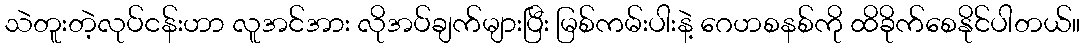
သဲတူးတဲ့လုပ်ငန်းဟာ လူအင်အား လိုအပ်ချက်များပြီး မြစ်ကမ်းပါးနဲ့ ဂေဟစနစ်ကို ထိခိုက်စေနိုင်ပါတယ်။